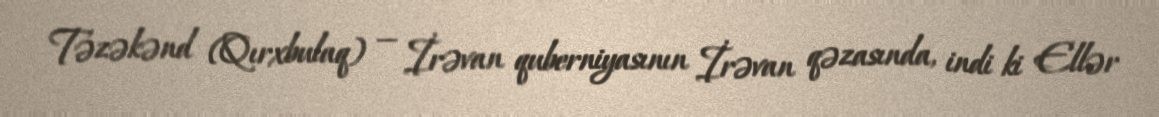
Təzəkənd (Qırxbulaq) — İrəvan quberniyasının İrəvan qəzasında, indi ki Ellər